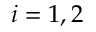
i = 1 , 2